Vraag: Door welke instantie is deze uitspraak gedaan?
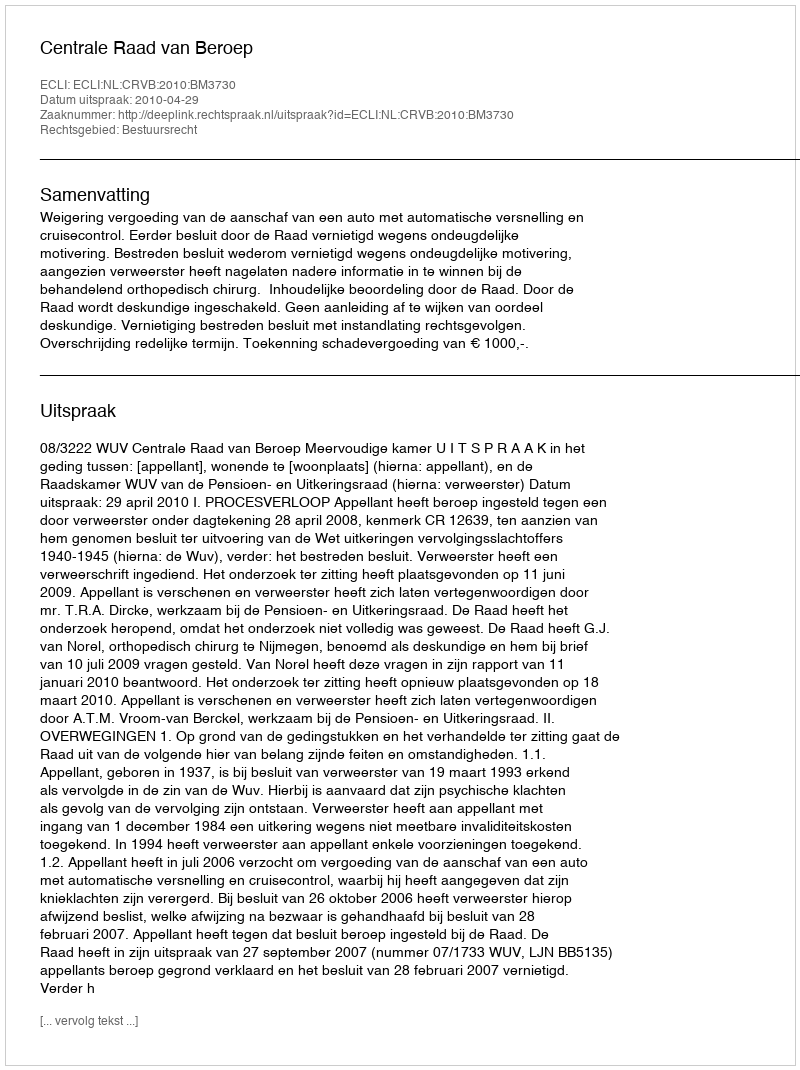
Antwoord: Centrale Raad van Beroep